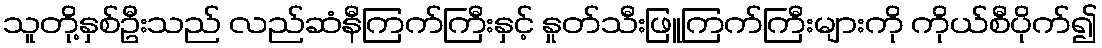
သူတို့နှစ်ဦးသည် လည်ဆံနီကြက်ကြီးနှင့် နှုတ်သီးဖြူကြက်ကြီးများကို ကိုယ်စီပိုက်၍